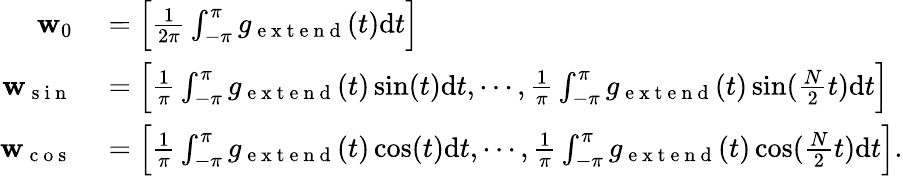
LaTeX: \begin{array}{rl}{\mathbf{w}_{0}}&{{}=\Big[\frac{1}{2\pi}\int_{-\pi}^{\pi}g_{\mathrm{~e~x~t~e~n~d~}}(t)\mathrm{d}t\Big]}\\ {\mathbf{w}_{\mathrm{~s~i~n~}}}&{{}=\Big[\frac{1}{\pi}\int_{-\pi}^{\pi}g_{\mathrm{~e~x~t~e~n~d~}}(t)\sin(t)\mathrm{d}t,\cdots,\frac{1}{\pi}\int_{-\pi}^{\pi}g_{\mathrm{~e~x~t~e~n~d~}}(t)\sin(\frac{N}{2}t)\mathrm{d}t\Big]}\\ {\mathbf{w}_{\mathrm{~c~o~s~}}}&{{}=\Big[\frac{1}{\pi}\int_{-\pi}^{\pi}g_{\mathrm{~e~x~t~e~n~d~}}(t)\cos(t)\mathrm{d}t,\cdots,\frac{1}{\pi}\int_{-\pi}^{\pi}g_{\mathrm{~e~x~t~e~n~d~}}(t)\cos(\frac{N}{2}t)\mathrm{d}t\Big].}\end{array}